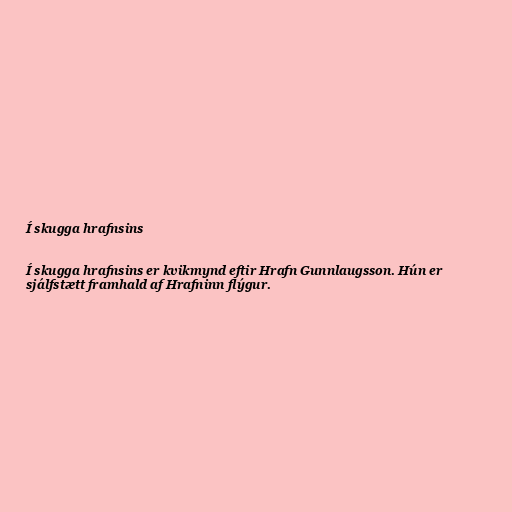
Í skugga hrafnsins

Í skugga hrafnsins er kvikmynd eftir Hrafn Gunnlaugsson. Hún er
sjálfstætt framhald af Hrafninn flýgur.